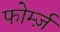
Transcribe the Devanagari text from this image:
फोर्म्ज़